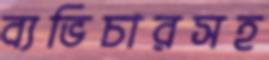
ব্যভিচারসহ